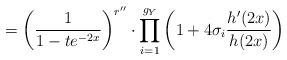
LaTeX: \begin{align*}=\left(\frac{1}{1-te^{-2x}}\right)^{r''}\cdot\prod_{i=1}^{g_{Y}}\left(1+4\sigma_{i}\frac{h'(2x)}{h(2x)}\right)\end{align*}